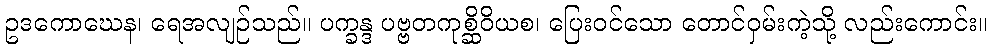
ဥဒကောဃေန၊ ရေအလျဉ်သည်။ ပက္ခန္ဒ ပဗ္ဗတကုစ္ဆိဝိယစ၊ ပြေးဝင်သော တောင်ဝှမ်းကဲ့သို့ လည်းကောင်း။